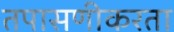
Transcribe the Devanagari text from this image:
तपासणीकरता